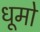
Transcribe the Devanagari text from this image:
धूमो